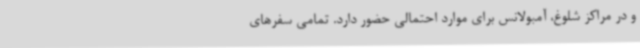
و در مراکز شلوغ، آمبولانس برای موارد احتمالی حضور دارد. تمامی سفرهای